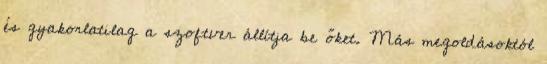
és gyakorlatilag a szoftver állítja be őket. Más megoldásoktól